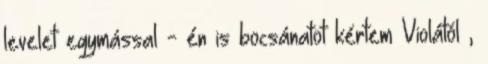
levelet egymással - én is bocsánatot kértem Violától ,